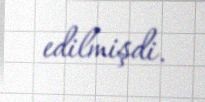
edilmişdi.